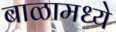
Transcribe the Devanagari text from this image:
बाळामध्ये